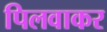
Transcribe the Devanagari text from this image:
पिलवाकर